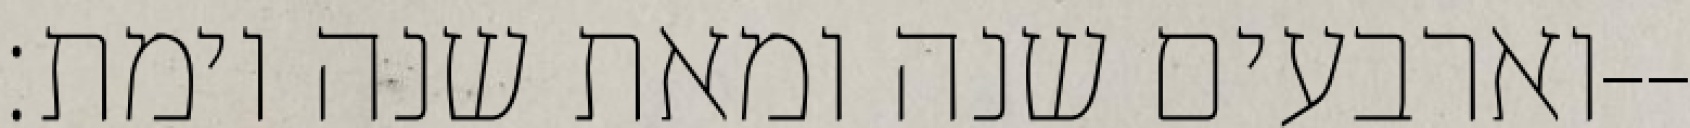
וארבעים שנה ומאת שנה וימת׃--